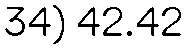
34) 42.42